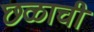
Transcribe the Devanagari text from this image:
छळाची